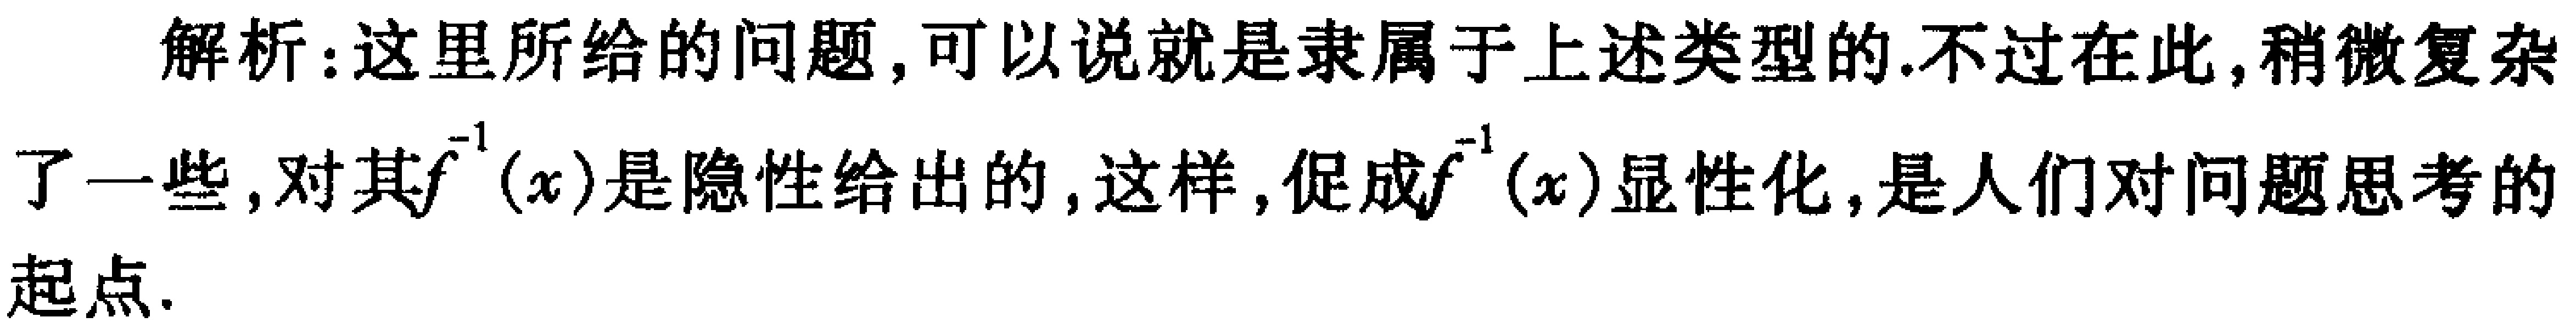
解析：这里所给的问题，可以说就是隶属于上述类型的.不过在此,稍微复杂了一些，对其\(f^{-1}(x)\)是隐性给出的，这样，促成\(f^{-1}(x)\)显性化，是人们对问题思考的起点.